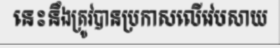
នេះនឹងត្រូវបានប្រកាសលើវេបសាយ